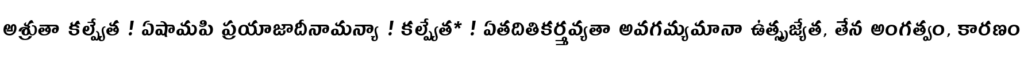
అశ్రుతా కల్ప్యేత ! ఏషామపి ప్రయాజాదీనామన్యా ! కల్ప్యేత* ! ఏతదితికర్త్తవ్యతా అవగమ్యమానా ఉత్సృజ్యేత, తేన అంగత్వం, కారణం